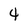
Character: 4